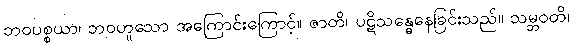
ဘဝပစ္စယာ၊ ဘဝဟူသော အကြောင်းကြောင့်။ ဇာတိ၊ ပဋိသန္ဓေနေခြင်းသည်။ သမ္ဘဝတိ၊